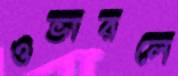
ওভারলে